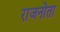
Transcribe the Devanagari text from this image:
राजनोता